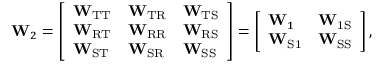
\mathbf { W } _ { 2 } = \left[ \begin{array} { l l l } { \mathbf { W } _ { \mathrm { T T } } } & { \mathbf { W } _ { \mathrm { T R } } } & { \mathbf { W } _ { \mathrm { T S } } } \\ { \mathbf { W } _ { \mathrm { R T } } } & { \mathbf { W } _ { \mathrm { R R } } } & { \mathbf { W } _ { \mathrm { R S } } } \\ { \mathbf { W } _ { \mathrm { S T } } } & { \mathbf { W } _ { \mathrm { S R } } } & { \mathbf { W } _ { \mathrm { S S } } } \end{array} \right] = \left[ \begin{array} { l l } { \mathbf { W } _ { 1 } } & { \mathbf { W } _ { \mathrm { 1 S } } } \\ { \mathbf { W } _ { \mathrm { S 1 } } } & { \mathbf { W } _ { \mathrm { S S } } } \end{array} \right] ,